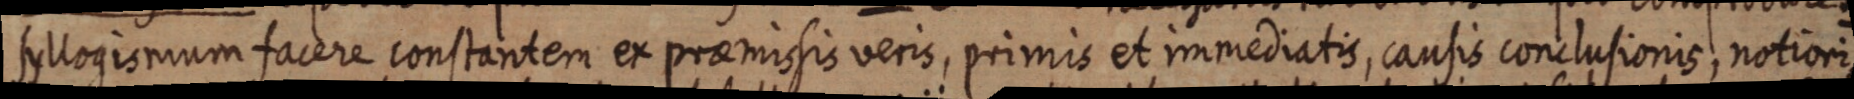
syllogismum facere constantem ex praemissis veris, primis et immediatis, causis conclusionis, notiori